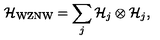
{ \cal H } _ { \mathrm { W Z N W } } = \sum _ { j } { \cal H } _ { j } \otimes { \cal H } _ { j } ,